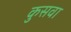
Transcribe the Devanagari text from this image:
कुसवा